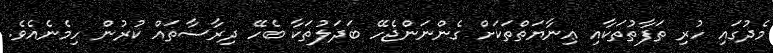
މެދުގައި ހުރި ތަފާތުތަކާއި ޢިނާޔަތްތަކަށް ގެންނަންޖެހޭ ބަދަލުތަކާ ބެހޭ ދިރާސާތައް ކުރުން ހިމެނެއެވެ.